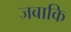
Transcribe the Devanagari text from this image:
जबाकि